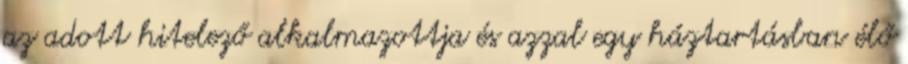
az adott hitelező alkalmazottja és azzal egy háztartásban élő